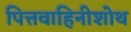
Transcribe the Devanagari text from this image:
पित्तवाहिनीशोथ